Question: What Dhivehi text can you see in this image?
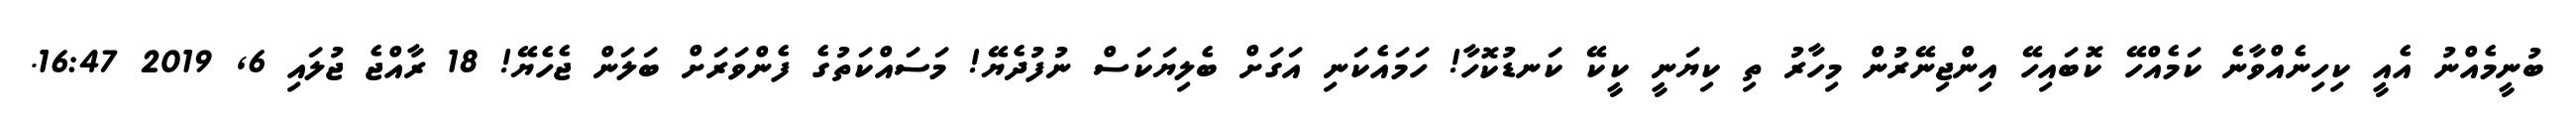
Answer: ބުނީމެއްނު އެއީ ކިހިނެއްވާނެ ކަމެއްހޭ ކޮބައިހޭ އިންޖިނޭރުން މިހާރު ތި ކިޔަނީ ކީކޭ ކަނޑުކޮހާ! ހަމައެކަނި އަގަށް ބެލިޔަކަސް ނުފުދެޔޭ! މަސައްކަތުގެ ފެންވަރަށް ބަލަން ޖެހެޔޭ! 18 ރާއްޖެ ޖުލައި 6, 2019 16:47.